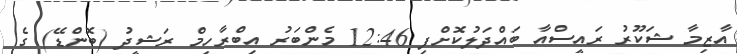
އާޒިމާ ޝަކޫރު ރައީސްއާ ބައްދަލުކޮށްފި 12:46 މެންބަރު އިބްރާހިމް ރަޝީދު (ބޮންޑޭ) ގެ